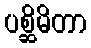
ပစ္ဆိမိတာ